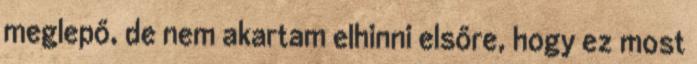
meglepő, de nem akartam elhinni elsőre, hogy ez most